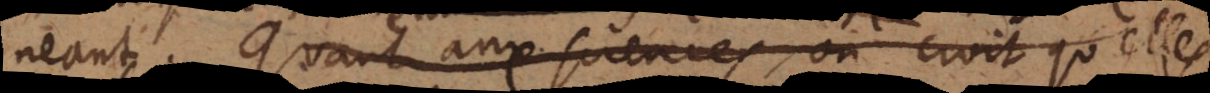
neant. Quant aux sciences on croit qu’elles